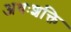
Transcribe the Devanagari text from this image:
अधःशक्ति